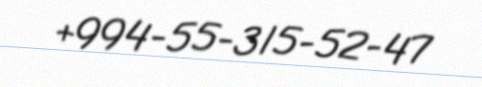
+994-55-315-52-47